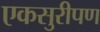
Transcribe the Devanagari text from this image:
एकसुरीपण